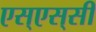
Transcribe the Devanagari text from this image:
एस्‌एस्‌सी